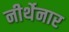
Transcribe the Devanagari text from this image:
नीर्थेनार